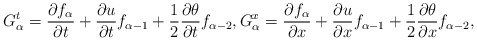
\begin{align*}G^t_{\alpha} = \frac{\partial f_{\alpha}}{\partial t} + \frac{\partial u}{\partial t} f_{\alpha - 1} + \frac{1}{2} \frac{\partial \theta}{\partial t} f_{\alpha - 2}, G^x_{\alpha} = \frac{\partial f_{\alpha}}{\partial x} + \frac{\partial u}{\partial x} f_{\alpha - 1} + \frac{1}{2} \frac{\partial \theta}{\partial x} f_{\alpha - 2},\end{align*}